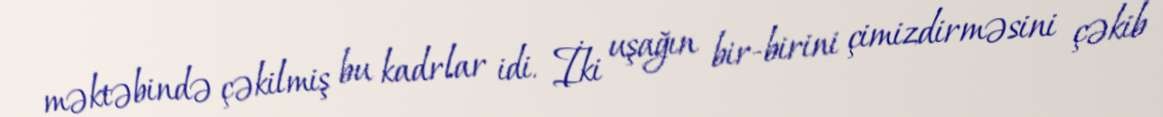
məktəbində çəkilmiş bu kadrlar idi. İki uşağın bir-birini çimizdirməsini çəkib